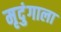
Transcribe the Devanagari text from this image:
मृदुंगाला